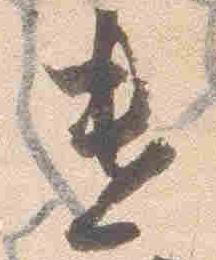
遣